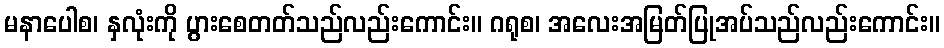
မနာပေါစ၊ နှလုံးကို ပွားစေတတ်သည်လည်းကောင်း။ ဂရုစ၊ အလေးအမြတ်ပြုအပ်သည်လည်းကောင်း။